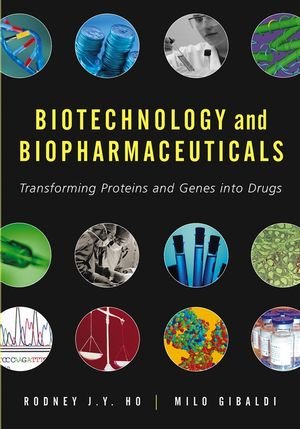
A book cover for Biotechnology and Biopharmaceuticals: Transforming Proteins and Genes into Drugs; Rodney J. Y. Ho; Medical Books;